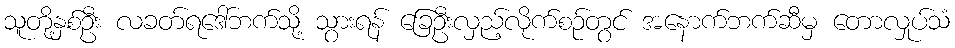
သူတို့နှစ်ဦး လခတ်ရဒေါ်ဘက်သို့ သွားရန် ခြေဦးလှည့်လိုက်စဉ်တွင် အနောက်ဘက်ဆီမှ တောလှုပ်သံ